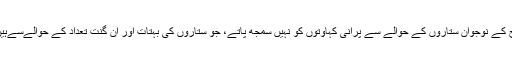
آج کے نوجوان ستاروں کے حوالے سے پرانی کہاوتوں کو نہیں سمجھ پاتے، جو ستاروں کی بہتات اور ان گنت تعداد کے حوالےسےہیں۔